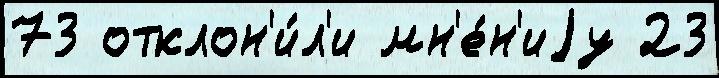
73 отклон'и́л'и мн'е́н'иjу 23